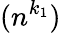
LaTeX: (n^{k_{1}})